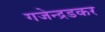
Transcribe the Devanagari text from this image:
गजेन्द्रडकर